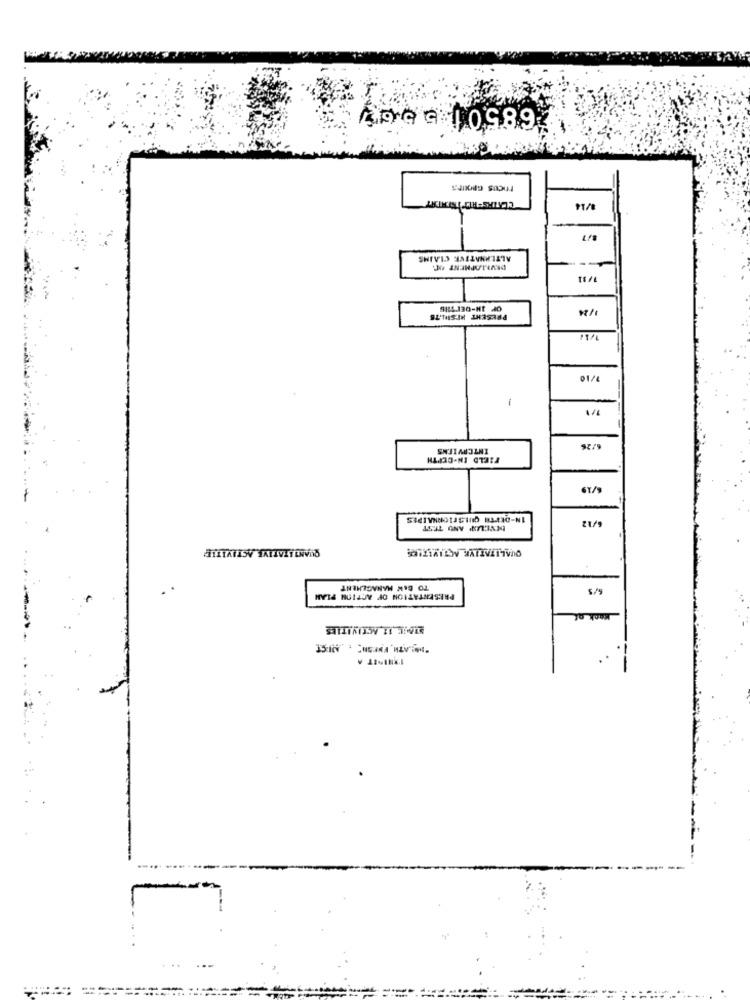
68501 5567
ALTERNATIVE CLAIMS
DEVELOPMENT OF.
1
INTERVIENS
FIELD IN-DEPTH
67/9
IN-DEPTH QUESTIONNAIPES
6/12
TO BAK MANAGEMENT
PRESENTATION OF ACTION PLAN
.
.
--